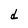
Character: d